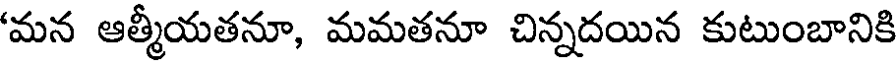
'మన ఆత్మీయతనూ, మమతనూ చిన్నదయిన కుటుంబానికి